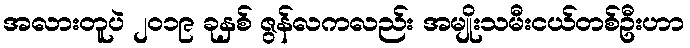
အလားတူပဲ ၂၀၁၉ ခုနှစ် ဇွန်လကလည်း အမျိုးသမီးငယ်တစ်ဦးဟာ